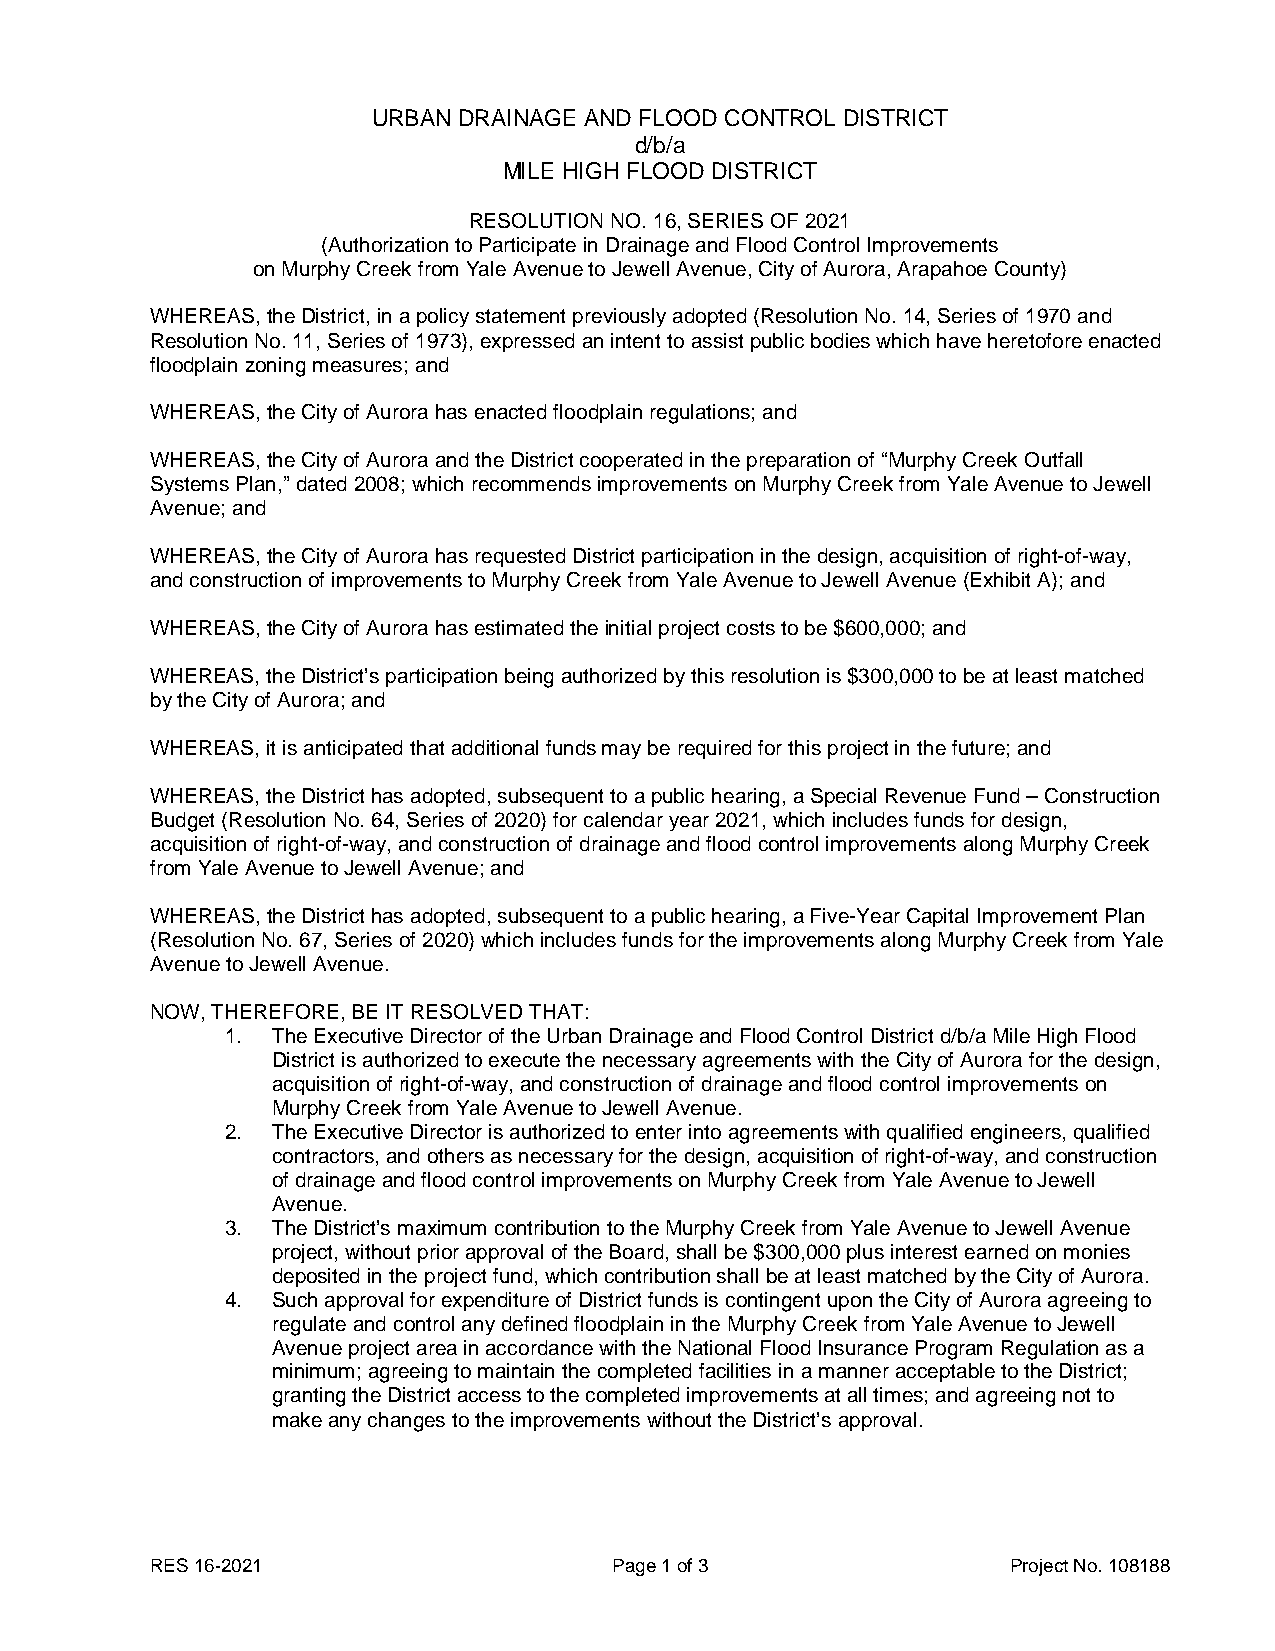
URBAN DRAINAGE AND FLOOD CONTROL DISTRICT
 d/b/a
 MILE HIGH FLOOD DISTRICT
 RESOLUTION NO. 16, SERIES OF 2021
 (Authorization to Participate in Drainage and Flood Control Improvements
 on Murphy Creek from Yale Avenue to Jewell Avenue, City of Aurora, Arapahoe County)
 WHEREAS, the District, in a policy statement previously adopted (Resolution No. 14, Series of 1970 and
 Resolution No. 11, Series of 1973), expressed an intent to assist public bodies which have heretofore enacted
 floodplain zoning measures; and
 WHEREAS, the City of Aurora has enacted floodplain regulations; and
 WHEREAS, the City of Aurora and the District cooperated in the preparation of “Murphy Creek Outfall
 Systems Plan,” dated 2008; which recommends improvements on Murphy Creek from Yale Avenue to Jewell
 Avenue; and
 WHEREAS, the City of Aurora has requested District participation in the design, acquisition of right-of-way,
 and construction of improvements to Murphy Creek from Yale Avenue to Jewell Avenue (Exhibit A); and
 WHEREAS, the City of Aurora has estimated the initial project costs to be $600,000; and
 WHEREAS, the District’s participation being authorized by this resolution is $300,000 to be at least matched
 by the City of Aurora; and
 WHEREAS, it is anticipated that additional funds may be required for this project in the future; and
 WHEREAS, the District has adopted, subsequent to a public hearing, a Special Revenue Fund – Construction
 Budget (Resolution No. 64, Series of 2020) for calendar year 2021, which includes funds for design,
 acquisition of right-of-way, and construction of drainage and flood control improvements along Murphy Creek
 from Yale Avenue to Jewell Avenue; and
 WHEREAS, the District has adopted, subsequent to a public hearing, a Five-Year Capital Improvement Plan
 (Resolution No. 67, Series of 2020) which includes funds for the improvements along Murphy Creek from Yale
 Avenue to Jewell Avenue.
 NOW, THEREFORE, BE IT RESOLVED THAT:
 1. The Executive Director of the Urban Drainage and Flood Control District d/b/a Mile High Flood
 District is authorized to execute the necessary agreements with the City of Aurora for the design,
 acquisition of right-of-way, and construction of drainage and flood control improvements on
 Murphy Creek from Yale Avenue to Jewell Avenue.
 2. The Executive Director is authorized to enter into agreements with qualified engineers, qualified
 contractors, and others as necessary for the design, acquisition of right-of-way, and construction
 of drainage and flood control improvements on Murphy Creek from Yale Avenue to Jewell
 Avenue.
 3. The District’s maximum contribution to the Murphy Creek from Yale Avenue to Jewell Avenue
 project, without prior approval of the Board, shall be $300,000 plus interest earned on monies
 deposited in the project fund, which contribution shall be at least matched by the City of Aurora.
 4. Such approval for expenditure of District funds is contingent upon the City of Aurora agreeing to
 regulate and control any defined floodplain in the Murphy Creek from Yale Avenue to Jewell
 Avenue project area in accordance with the National Flood Insurance Program Regulation as a
 minimum; agreeing to maintain the completed facilities in a manner acceptable to the District;
 granting the District access to the completed improvements at all times; and agreeing not to
 make any changes to the improvements without the District’s approval.
 RES 16-2021                    Page 1 of 3               Project No. 108188